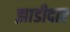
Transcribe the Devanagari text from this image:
झाडीदार